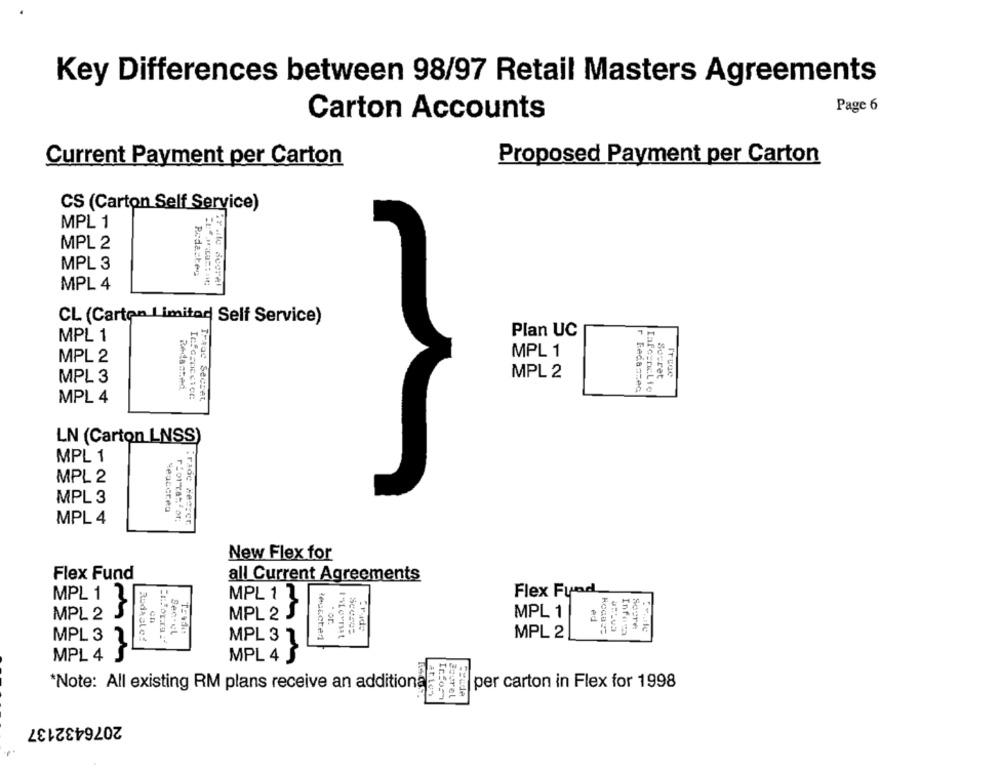
Key Differences between 98/97 Retail Masters Agreements
Page 6
Carton Accounts
Current Payment per Carton
Proposed Payment per Carton
CS (Carton Self Service)
MPL 1
MPL 2
MPL 3
Rudacten
MPL 4
CL (Carton Limitar Self Service)
MPL 1
Plan UC
MPL 1
MPL 2
MPL 2
Souret
MPL 3
Redantad
r BedarzeG
InformuLie
MPL 4
Infosniceice
Traac Secset
LN (Carton LNSS)
MPL 1
MPL 2
MPL 3
Seatcreo
rforYator;
MPL 4
Trade Herrer
New Flex for
Flex Fund
all Current Agreements
Flex Fynd
MPL 1 2
MPL 1 7
MPL 2
MPL 2 S
MPL 1
ed
Soere
Sec.el
Infosa
MPL 3
Rodaslož
MPL 3 7
MPL 2
MPL 4 S
NOT
MPL 4 S
per carton in Flex for 1998
*Note: All existing RM plans receive an additional
Infos
Zsurel
2076432137